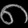
Digit: ၈